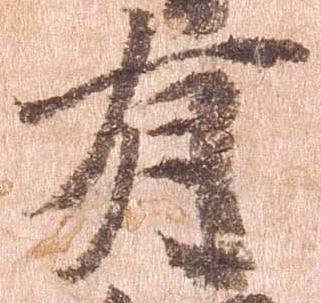
有